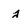
Character: j